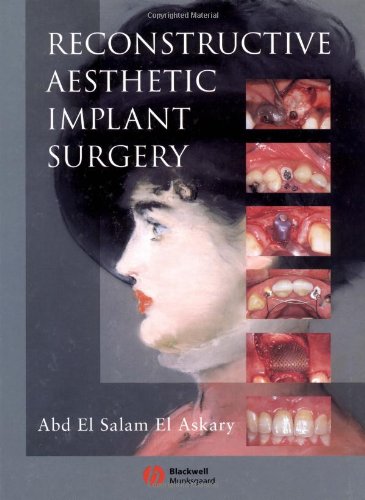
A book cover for Reconstructive Aesthetic Implant Surgery; Abd El Salam El Askary; Medical Books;